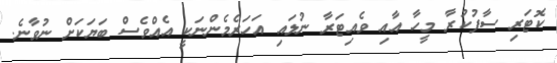
ކޮޓަރި ސާފުކުރާ މީހާ އާއި ވެއިޓަރާ ނުލައި އަހަރެމެންނަކީ އެއްވެސް ބަޔަކަށް ނުވާނެ.